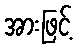
အားဖြင့်